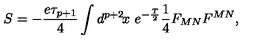
S = - \frac { e \tau _ { p + 1 } } { 4 } \int d ^ { p + 2 } \! x \ e ^ { - \frac { T } { 2 } } \frac { 1 } { 4 } F _ { M N } F ^ { M N } ,